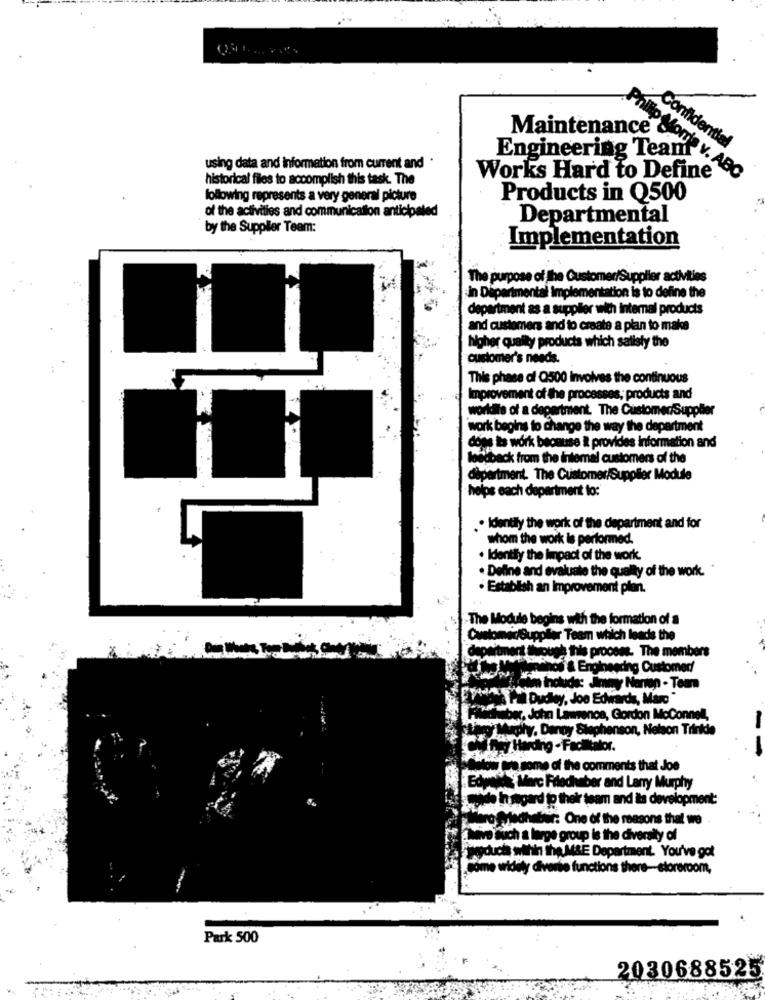
Maintenance
Engineering Team
Confidential
using data and information from current and .
historical files to accomplish this task. The
Works Hard to Define
Ilip Morris v. ABC
following represents a very general picture
Products in Q500
of the activities and communication anticipated
Departmental
by the Supplier Teem:
Implementation
The purpose of the Customer/Supplier activities
In Departmental Implementation is to define the
department as a supplier with internal products
and customers and to create a plan to make
higher quality products which salisty the
customer's needs.
This phase of Q500 involves the continuous
Improvement of the processes; products and
worldile of a depertment. The CustomerSupplier
work begins to change the way the department
dons its work because i provides information and
loadback from the intemal customers of the
department. The Customer/Supplier Module
helps each department to:
. Identify the work of the department and for
whom the work is performed.
. Identify the impact of the work.
. Define and evaluate the quality of the work.
· Establish an Improvement plan.
-The Module begins with the formation of a
Customer/Supplier Team which leads the
partment iikot
plage this process. The members
Mands & Engineering Customed
Mit iholuds: Jimmy Narien - Team
FEY Dudley, Joe Edwards, Marc
aber, John Lawrence, Gordon McConnell,
Muchy. Danny Stephenson, Nelson Trinkle
Sp/Harding - Facilitator.
--
Solomore some of the comments that Joe
we Marc Filedhaber and Larry Murphy
de hagard @ their team and its development:
Euroflachebur: One of the reasons that we
avo auch a large group is the diversity of
wyducia within the M&E Department. You've got
some widely diverse functions there-storeroom,
Park 500
2030688525